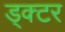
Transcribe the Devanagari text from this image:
ड्क्टर